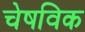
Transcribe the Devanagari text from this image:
चेषविक